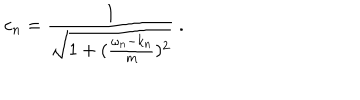
c _ { n } = \frac { 1 } { \sqrt { 1 + ( { \frac { \omega _ { n } - k _ { n } } { m } } ) ^ { 2 } } } \ .